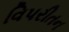
વિપરીતન